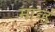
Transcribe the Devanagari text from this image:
माव्हं